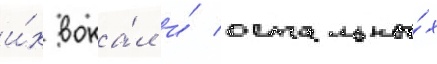
и́х вока́л и́ остальны́х